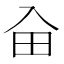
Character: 𠓦